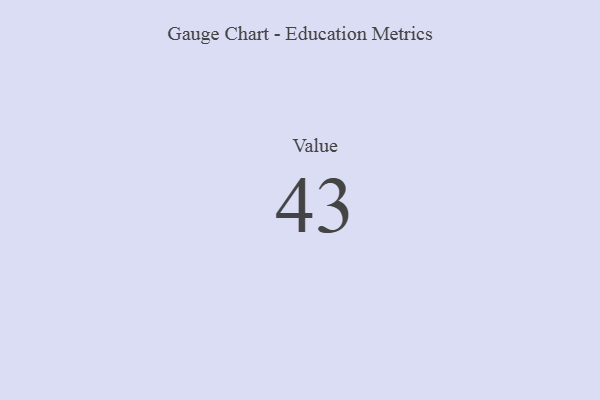
{"axis": {"x": "Metric", "y": "Value"}, "legend": [""], "data": [{"x": "Value", "y": 43, "type": ""}]}